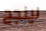
لينجح